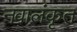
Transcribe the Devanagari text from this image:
नवालंकृत